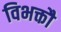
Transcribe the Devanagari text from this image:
विभक्तौ